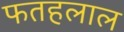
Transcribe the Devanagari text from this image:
फतहलाल